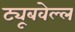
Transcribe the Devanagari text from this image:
ट्यूबवेल्ल